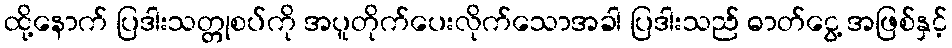
ထို့နောက် ပြဒါးသတ္တုစပ်ကို အပူတိုက်ပေးလိုက်သောအခါ ပြဒါးသည် ဓာတ်ငွေ့ အဖြစ်နှင့်